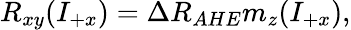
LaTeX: R_{xy}(I_{+x})=\Delta R_{AHE}m_{z}(I_{+x}),